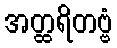
အတ္ထရိတဗ္ဗံ